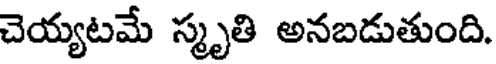
చెయ్యటమే స్మృతి అనబడుతుంది.